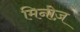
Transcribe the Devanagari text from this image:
मिनोज़